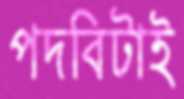
পদবিটাই